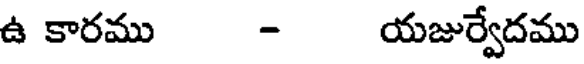
ఉ కారము - యజుర్వేదము